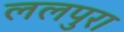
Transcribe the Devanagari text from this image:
ललपुरा